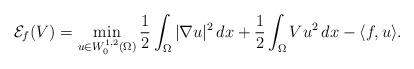
LaTeX: \begin{align*}\mathcal{E}_f(V)=\min_{u\in W^{1,2}_0(\Omega)}\frac{1}{2}\int_\Omega |\nabla u|^2\,dx+\frac{1}{2}\int_\Omega Vu^2\,dx-\langle f,u\rangle.\end{align*}